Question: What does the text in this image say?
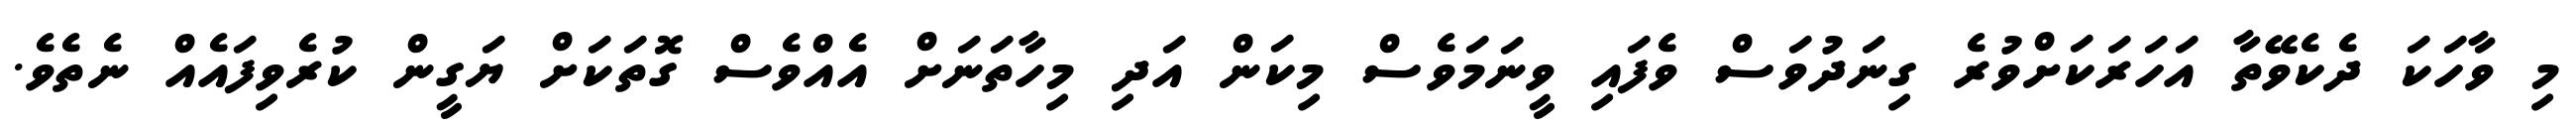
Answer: މި ވާހަކަ ދެކެވޭތާ އަހަރަކަށްވުރެ ގިނަދުވަސް ވެފައި ވީނަމަވެސް މިކަން އަދި މިހާތަނަށް އެއްވެސް ގޮތަކަށް ޔަގީން ކުރެވިފައެއް ނެތެވެ.